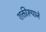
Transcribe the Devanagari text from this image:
शक्तीरूपाने